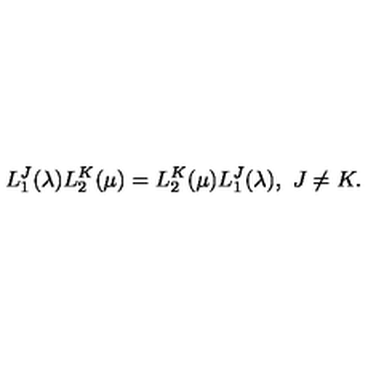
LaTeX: L _ { 1 } ^ { J } ( \lambda ) L _ { 2 } ^ { K } ( \mu ) = L _ { 2 } ^ { K } ( \mu ) L _ { 1 } ^ { J } ( \lambda ) , \ J \neq K .